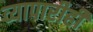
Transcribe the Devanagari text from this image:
व्यापारीही